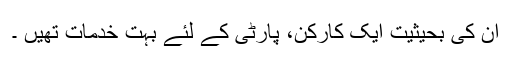
ان کی بحیثیت ایک کارکن، پارٹی کے لئے بہت خدمات تھیں ۔